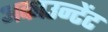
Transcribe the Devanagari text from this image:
अकाउन्टेंट